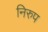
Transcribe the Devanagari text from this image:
निरुप